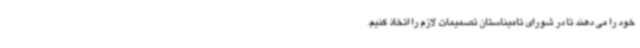
خود را می دهند تا در شورای تامیناستان تصمیمات لازم را اتخاذ کنیم.